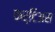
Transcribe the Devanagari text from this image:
कर्टिअस